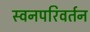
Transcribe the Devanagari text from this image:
स्वनपरिवर्तन